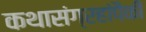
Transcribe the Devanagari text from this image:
कथासंग्रहांपैकी